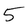
Character: 5